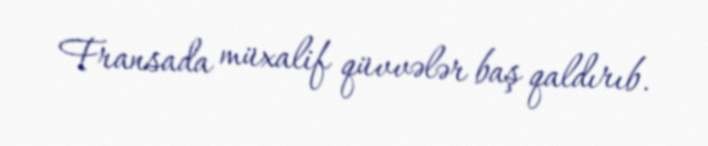
Fransada müxalif qüvvələr baş qaldırıb.